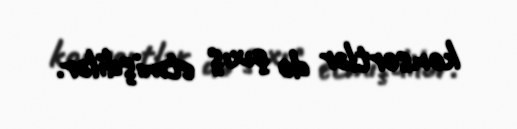
konsertlər də çıxış etmişdilər.